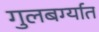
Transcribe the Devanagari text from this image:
गुलबर्ग्यात